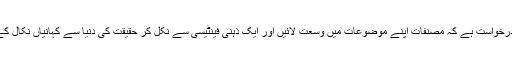
ہماری درخواست ہے کہ مصنفات اپنے موضوعات میں وسعت لائیں اور ایک ذہنی فینٹیسی سے نکل کر حقیقت کی دنیا سے کہانیاں نکال کے لائیں۔